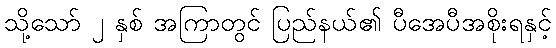
သို့သော် ၂ နှစ် အကြာတွင် ပြည်နယ်၏ ပီအေပီအစိုးရနှင့်